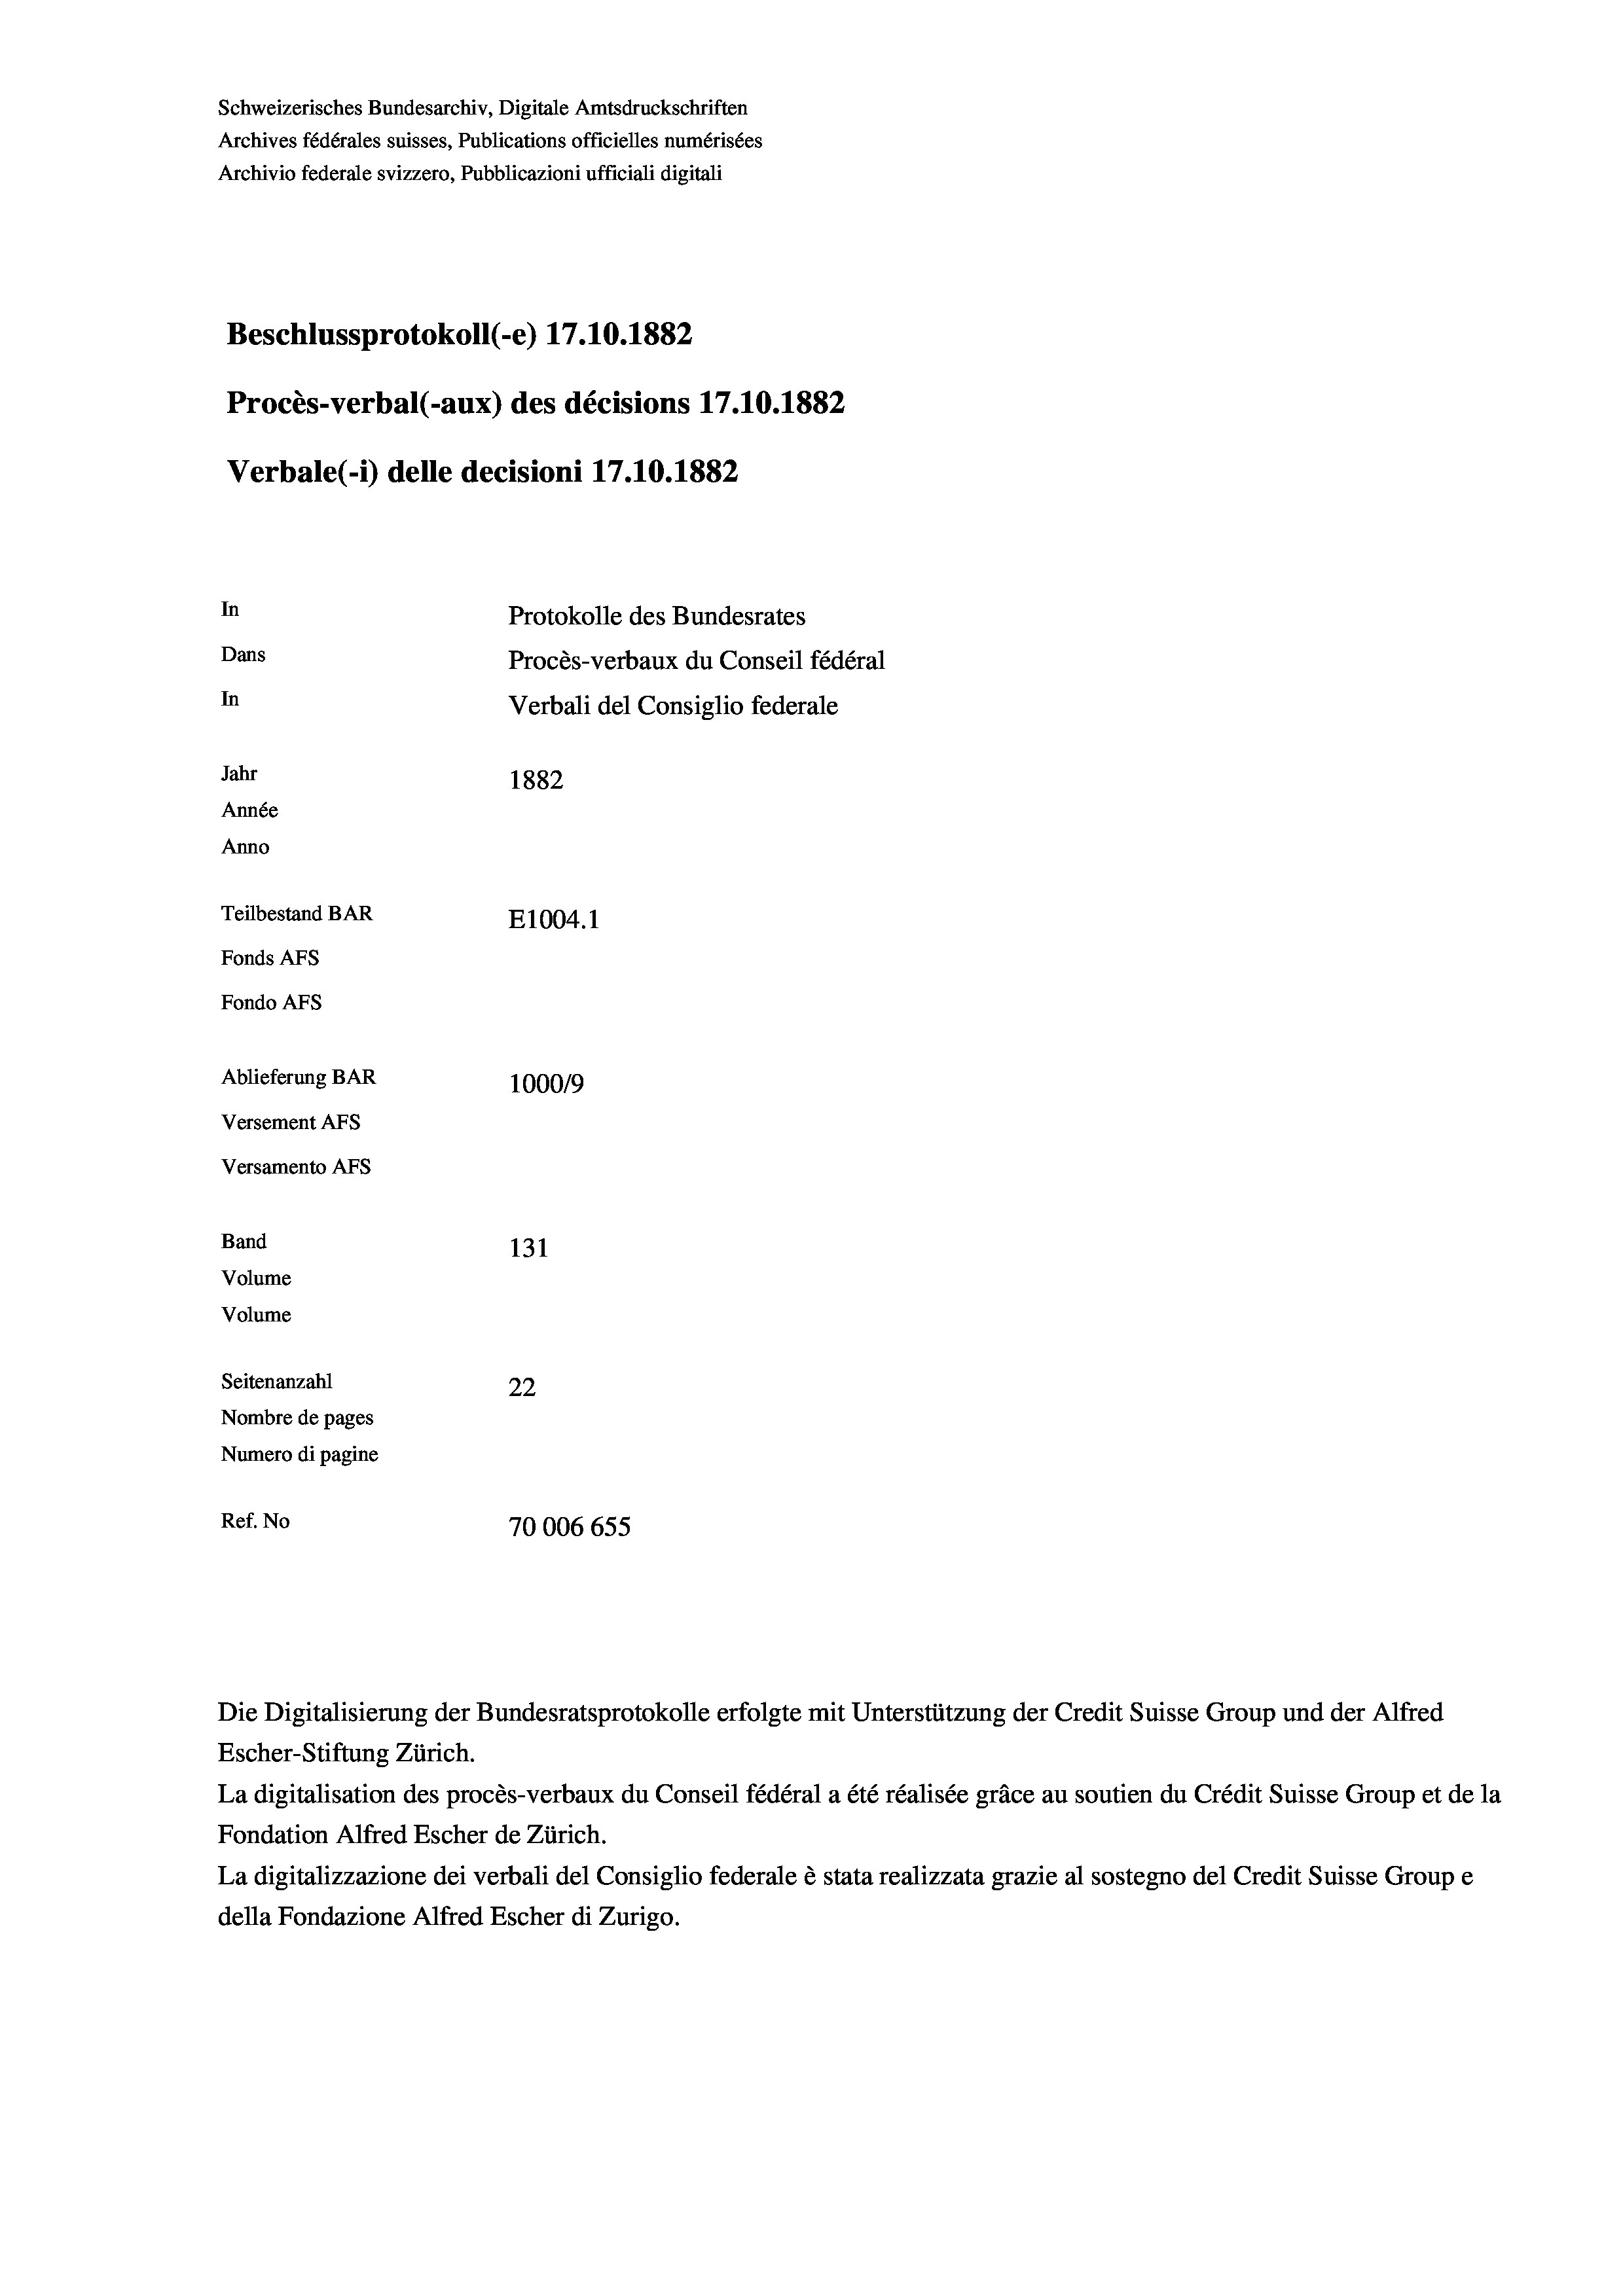
Schweizerisches Bundesarchiv, Digitale Amtsdruckschriften
Archives fédérales suisses, Publications officielles numérisées
Archivio federale svizzero, Pubblicazioni ufficiali digitali
Beschlussprotokoll (-e) 17.10.1882
Procès-verbal (-aux) des décisions 17.10.1882
Verbale (i) delle decisioni 17.10.1882
In
Protokolle des Bundesrates
Dans
Procès-verbaux du Conseil fédéral
In
Verbali del Consiglio federale
Jahr
1882
Année
Anno
Teilbestand BAR
E1004. 1
Fonds AFs
Fondo AFs
Ablieferung BAR
100019
Versement AFS
Versamento AFS
Band
131
Volume
Volume
Seitenanzahl
22
Nombre de pages
Numero di pagine
Ref. No
70006 655

Die Digitalisierung der Bundesratsprotokolle erfolgte mit Unterstützung der Credit Suisse Group und der Alfred
Escher-Stiftung Zürich.
La digitalisation des procès-verbaux du Conseil fédéral a été réalisée gräce au soutien du Crédit Suisse Group et de la
Fondation Alfred Escher de Zürich.
La digitalizzazione dei verbali del Consiglio federale è stata realizzata grazie al sostegno del Credit Suisse Groupe
della Fondazione Alfred Escher di Zurigo.